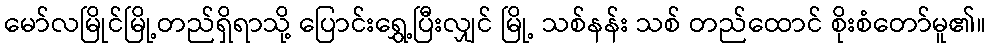
မော်လမြိုင်မြို့တည်ရှိရာသို့ ပြောင်းရွှေ့ပြီးလျှင် မြို့ သစ်နန်း သစ် တည်ထောင် စိုးစံတော်မူ၏။